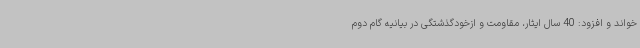
خواند و افزود: 40 سال ایثار، مقاومت و ازخودگذشتگی در بیانیه گام دوم